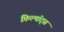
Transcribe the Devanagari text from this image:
फ़िल्पॉट्स